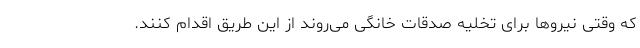
که وقتی نیروها برای تخلیه صدقات خانگی می‌روند از این طریق اقدام کنند.